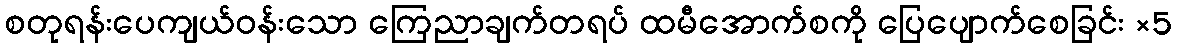
စတုရန်းပေကျယ်ဝန်းသော ကြေညာချက်တရပ် ထမီအောက်စကို ပြေပျောက်စေခြင်း ×5